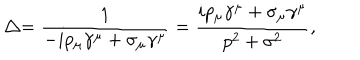
\bigtriangleup = \frac { 1 } { - i p _ { \mu } \gamma ^ { \mu } + \sigma _ { \mu } \gamma ^ { \mu } } = \frac { i p _ { \mu } \gamma ^ { \mu } + \sigma _ { \mu } \gamma ^ { \mu } } { p ^ { 2 } + \sigma ^ { 2 } } ,